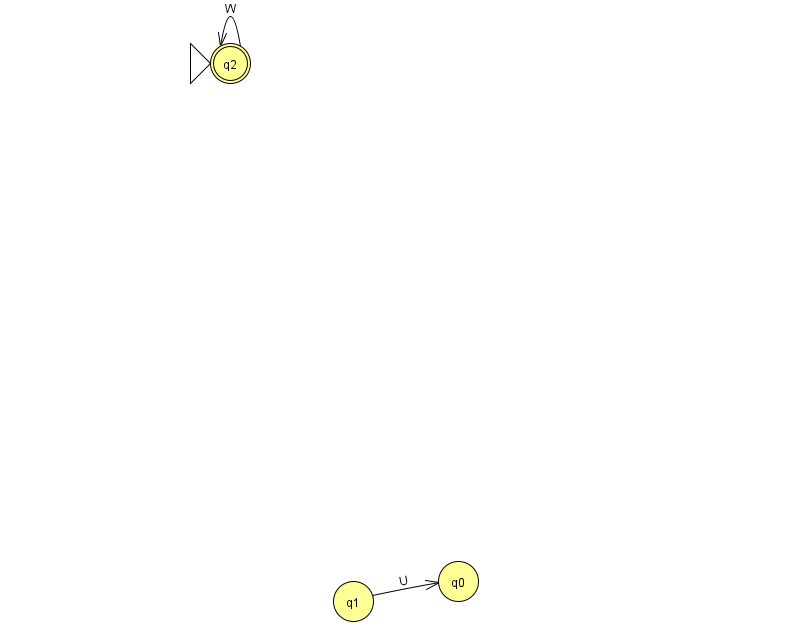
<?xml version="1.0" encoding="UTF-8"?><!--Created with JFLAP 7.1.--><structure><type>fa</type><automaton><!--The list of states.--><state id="0" name="q0"><x>458.0</x><y>568.0</y></state><state id="1" name="q1"><x>353.0</x><y>588.0</y></state><state id="2" name="q2"><x>230.0</x><y>50.0</y><initial/><final/></state><!--The list of transitions.--><transition><from>2</from><to>2</to><read>W</read></transition><transition><from>1</from><to>0</to><read>U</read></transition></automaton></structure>